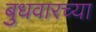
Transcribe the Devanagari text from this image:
बुधवारच्या